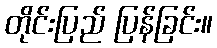
တိုင်းပြည် ပြန်ခြင်း။